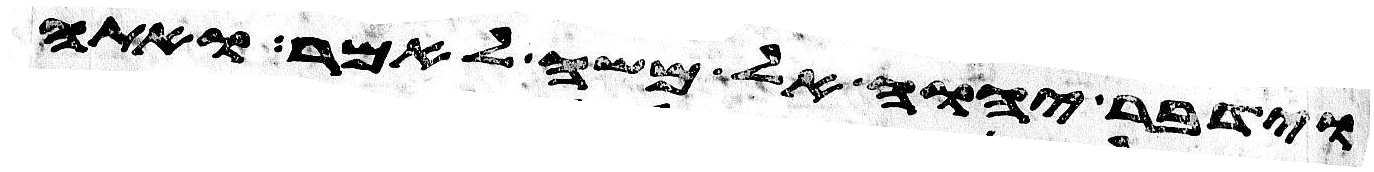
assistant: וידבר יהוה אל משה לאמר ואתה